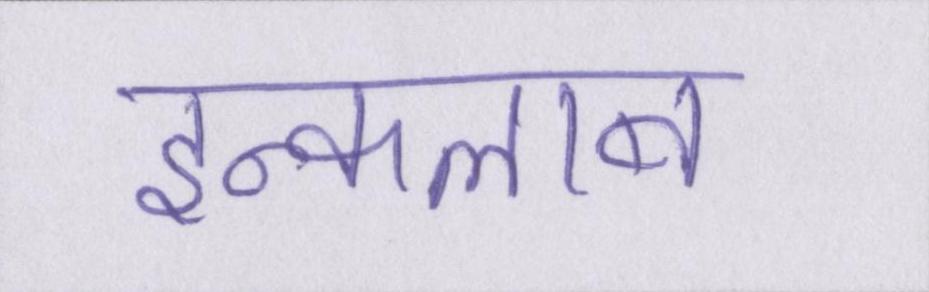
इन्कलाब